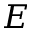
E